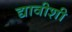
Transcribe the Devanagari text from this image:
द्यावीशी